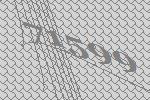
71599